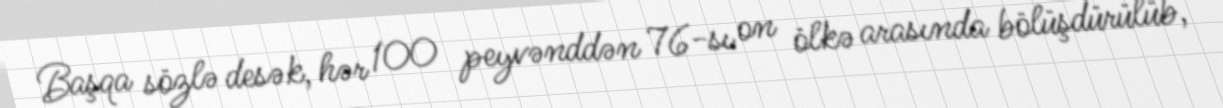
Başqa sözlə desək, hər 100 peyvənddən 76-sı on ölkə arasında bölüşdürülüb,